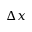
\Delta x